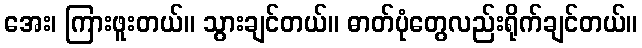
အေး၊ ကြားဖူးတယ်။ သွားချင်တယ်။ ဓာတ်ပုံတွေလည်းရိုက်ချင်တယ်။